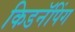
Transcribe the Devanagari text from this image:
किडनॅपिंग